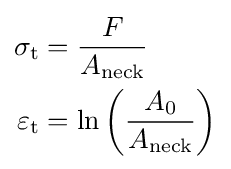
{\begin{aligned}\sigma _{\mathrm {t} }&={\frac {F}{A_{\mathrm {neck} }}}\\\varepsilon _{\mathrm {t} }&=\ln \left({\frac {A_{0}}{A_{\mathrm {neck} }}}\right)\end{aligned}}